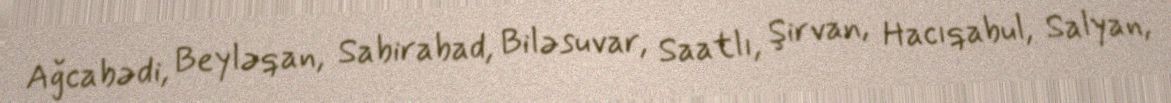
Ağcabədi, Beyləqan, Sabirabad, Biləsuvar, Saatlı, Şirvan, Hacıqabul, Salyan,